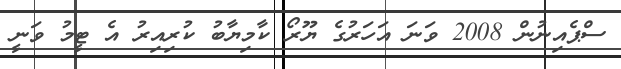
ސްޕެއިނުން 2008 ވަނަ އަހަރުގެ ޔޫރޯ ކާމިޔާބު ކުރިއިރު އެ ޓީމު ވަނީ